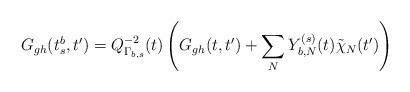
LaTeX: \begin{align*}G_{gh}(t_s^b,t')=Q_{\Gamma_{b,s}}^{-2}(t)\left(G_{gh}(t,t')+\sum_N Y_{b,N}^{(s)}(t)\tilde \chi_N(t')\right)\end{align*}